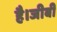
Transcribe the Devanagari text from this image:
है।जीबी